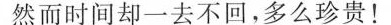
然而时间却一去不回，多么珍贵！